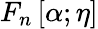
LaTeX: F_{n}\left[\alpha;\eta\right]